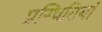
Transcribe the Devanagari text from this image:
प्रस्थितियां